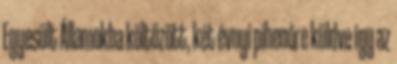
Egyesült Államokba költözött, két évnyi pihenőre küldve így az